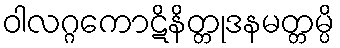
ဝါလဂ္ဂကောဋိနိတ္တုဒနမတ္တမ္ပိ